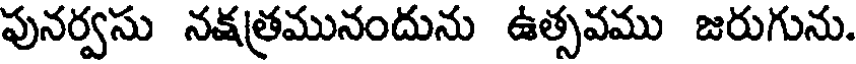
పునర్వసు నక్షత్రమునందును ఉత్సవము జరుగును.